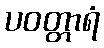
ပဝတ္တာရံ